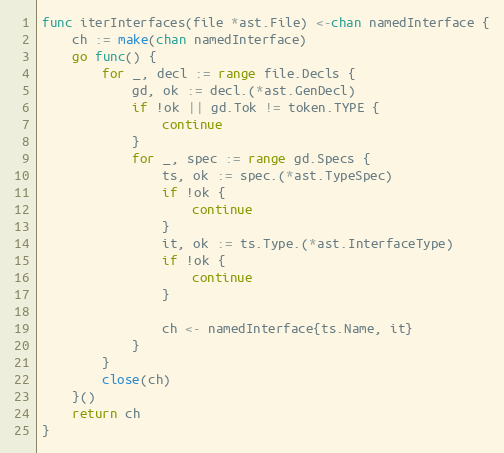
Language: Go
func iterInterfaces(file *ast.File) <-chan namedInterface {
	ch := make(chan namedInterface)
	go func() {
		for _, decl := range file.Decls {
			gd, ok := decl.(*ast.GenDecl)
			if !ok || gd.Tok != token.TYPE {
				continue
			}
			for _, spec := range gd.Specs {
				ts, ok := spec.(*ast.TypeSpec)
				if !ok {
					continue
				}
				it, ok := ts.Type.(*ast.InterfaceType)
				if !ok {
					continue
				}

				ch <- namedInterface{ts.Name, it}
			}
		}
		close(ch)
	}()
	return ch
}